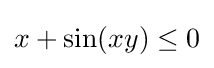
x+\sin(xy)\leq 0